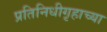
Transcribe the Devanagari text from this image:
प्रतिनिधीगृहाच्या